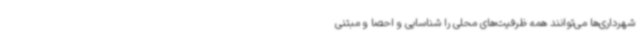
شهرداری‌ها می‌توانند همه ظرفیت‌های محلی را شناسایی و احصا و مبتنی